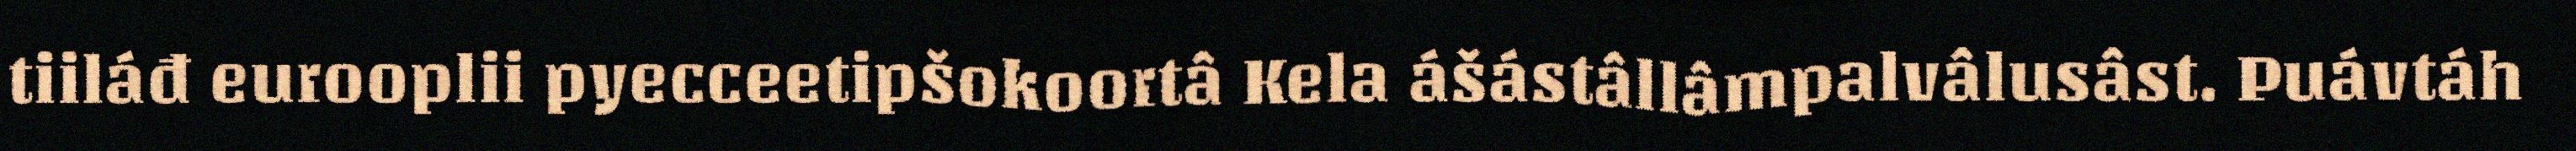
tiiláđ eurooplii pyecceetipšokoortâ Kela ášástâllâmpalvâlusâst. Puávtáh